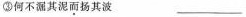
③何不漏其泥而扬其波___